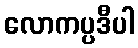
လောကပ္ပဒီပါ